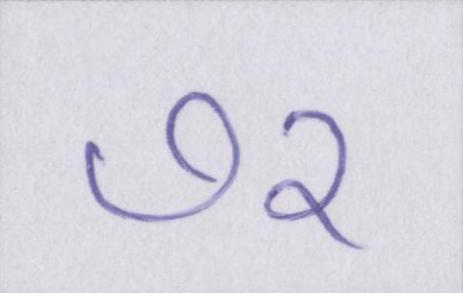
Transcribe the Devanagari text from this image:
७२